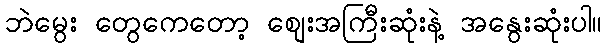
ဘဲမွေး တွေကေတော့ စျေးအကြီးဆုံးနဲ့ အနွေးဆုံးပါ။